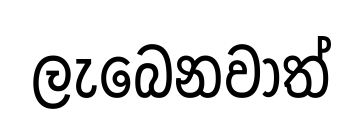
ලැබෙනවාත්